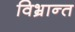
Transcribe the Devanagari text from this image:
विभ्रान्त